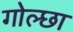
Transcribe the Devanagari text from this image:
गोल्छा